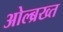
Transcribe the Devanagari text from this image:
ओल्ब्रख्त